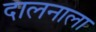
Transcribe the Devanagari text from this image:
दालनाला